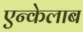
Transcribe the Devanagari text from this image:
एन्केलाब